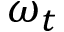
\omega _ { t }